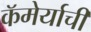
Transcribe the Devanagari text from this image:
कॅमेर्याची